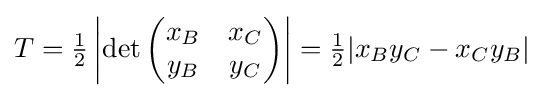
T={\tfrac {1}{2}}\left|\det {\begin{pmatrix}x_{B}&x_{C}\\y_{B}&y_{C}\end{pmatrix}}\right|={\tfrac {1}{2}}|x_{B}y_{C}-x_{C}y_{B}|